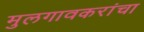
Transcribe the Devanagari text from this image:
मुलगावकरांचा